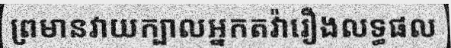
ព្រមានវាយក្បាលអ្នកតវ៉ារឿងលទ្ធផល